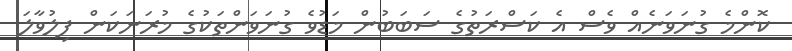
ކޮންމެ ގުނަވަނެއް ވެސް އެ ކަސްރަތުގެ ސަބަބުން މަޑުވެ ގުނަވަންތަކުގެ މުރަނަކަން ފިލުވާލަ